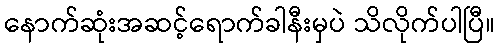
နောက်ဆုံးအဆင့်ရောက်ခါနီးမှပဲ သိလိုက်ပါပြီ။